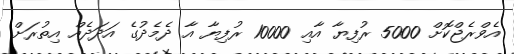
އެވްރެޖްކޮށް 5000 ރުފިޔާ އާއި 10000 ރުފިޔާ އާ ދެމެދުގެ އަދަދެއް އިތުރަށް